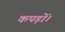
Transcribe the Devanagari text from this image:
कपड़ों।